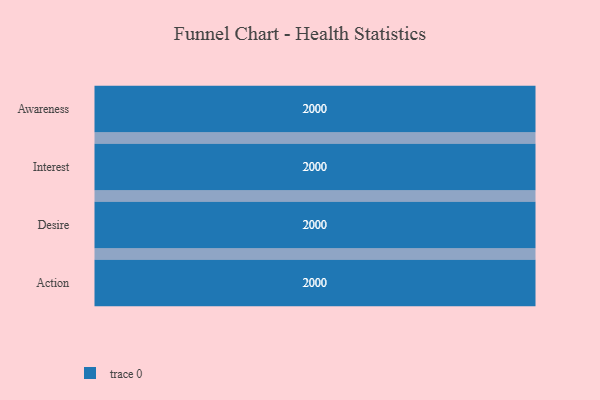
{"axis": {"x": "Stage", "y": "Value"}, "legend": [""], "data": [{"x": "Awareness", "y": 2000, "type": ""}, {"x": "Interest", "y": 2000, "type": ""}, {"x": "Desire", "y": 2000, "type": ""}, {"x": "Action", "y": 2000, "type": ""}]}